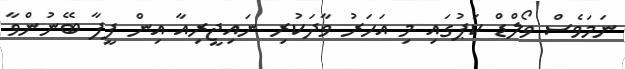
ނަމަވެސް ވޯލްޑް ކަޕުގައި މި އަހަރު ވާދަކުރި ނައިޖީރިއާ އިން ފީފާ ބޭނުންވާ